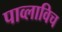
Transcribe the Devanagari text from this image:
पाव्लाविच